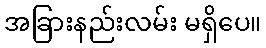
အခြားနည်းလမ်း မရှိပေ။